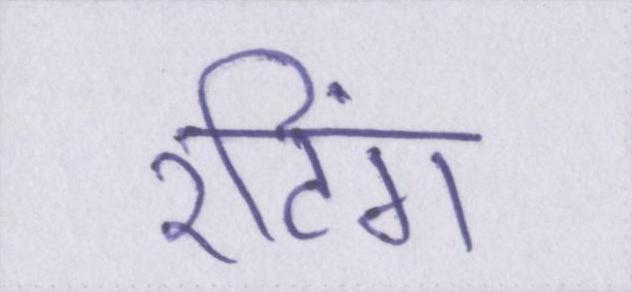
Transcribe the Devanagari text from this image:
रटिंग